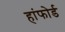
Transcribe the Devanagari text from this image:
हांफोर्ड